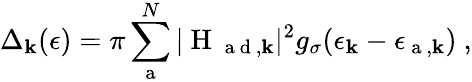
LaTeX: \Delta_{\textbf{k}}(\epsilon)=\pi\sum_{\mathrm{~a~}}^{N}|\mathrm{~H~}_{\mathrm{~a~d~},\textbf{k}}|^{2}g_{\sigma}(\epsilon_{\textbf{k}}-\epsilon_{\mathrm{~a~},\textbf{k}})~,